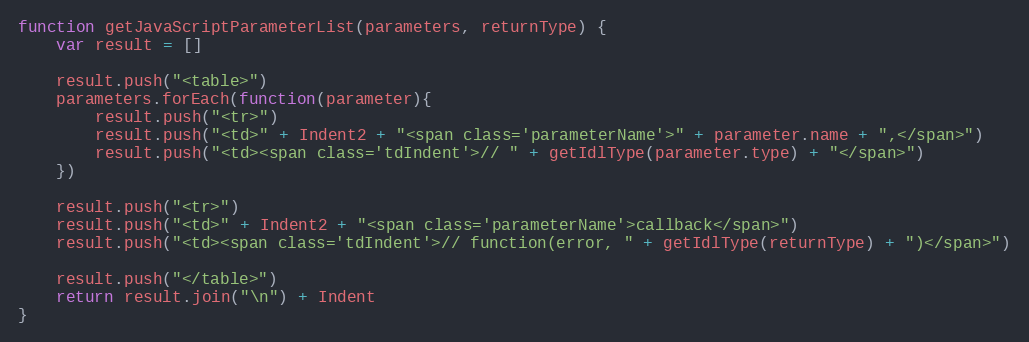
Language: JavaScript
function getJavaScriptParameterList(parameters, returnType) {
    var result = []

    result.push("<table>")
    parameters.forEach(function(parameter){
        result.push("<tr>")
        result.push("<td>" + Indent2 + "<span class='parameterName'>" + parameter.name + ",</span>")
        result.push("<td><span class='tdIndent'>// " + getIdlType(parameter.type) + "</span>")
    })

    result.push("<tr>")
    result.push("<td>" + Indent2 + "<span class='parameterName'>callback</span>")
    result.push("<td><span class='tdIndent'>// function(error, " + getIdlType(returnType) + ")</span>")

    result.push("</table>")
    return result.join("\n") + Indent
}